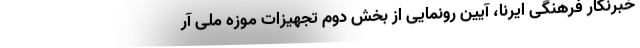
خبرنگار فرهنگی ایرنا، آیین رونمایی از بخش دوم تجهیزات موزه ملی آر